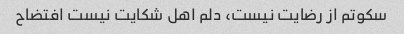
سکوتم از رضایت نیست، دلم اهل شکایت نیست افتضاح